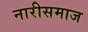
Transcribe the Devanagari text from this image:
नारीसमाज